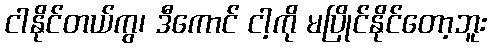
ငါနိုင်တယ်ကွ၊ ဒီကောင် ငါ့ကို မပြိုင်နိုင်တော့ဘူး